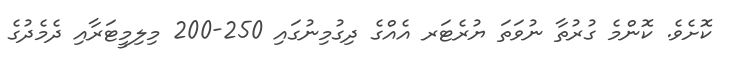
ކޮށެވެ. ކޮންމެ ގުރުތާ ނުވަތަ ޔުރެޓަރ އެއްގެ ދިގުމިނުގައި 250-200 މިލިމީޓަރާއި ދެމެދުގެ